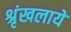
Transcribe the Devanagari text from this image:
श्रृंखलाये